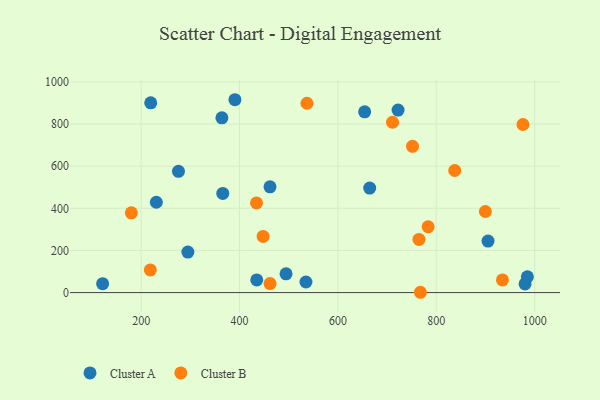
{"axis": {"x": "Experience", "y": "Profit"}, "legend": ["Cluster A", "Cluster B"], "data": [{"x": "980.5", "y": 41.0, "type": "Cluster A"}, {"x": "461.9", "y": 502.0, "type": "Cluster A"}, {"x": "364.1", "y": 829.3, "type": "Cluster A"}, {"x": "390.6", "y": 915.4, "type": "Cluster A"}, {"x": "219.4", "y": 900.9, "type": "Cluster A"}, {"x": "294.9", "y": 192.4, "type": "Cluster A"}, {"x": "905.2", "y": 244.3, "type": "Cluster A"}, {"x": "435.0", "y": 59.9, "type": "Cluster A"}, {"x": "121.6", "y": 42.2, "type": "Cluster A"}, {"x": "654.3", "y": 858.0, "type": "Cluster A"}, {"x": "494.5", "y": 89.1, "type": "Cluster A"}, {"x": "985.2", "y": 74.7, "type": "Cluster A"}, {"x": "722.3", "y": 866.1, "type": "Cluster A"}, {"x": "365.9", "y": 470.9, "type": "Cluster A"}, {"x": "230.8", "y": 428.9, "type": "Cluster A"}, {"x": "664.6", "y": 496.0, "type": "Cluster A"}, {"x": "275.8", "y": 575.4, "type": "Cluster A"}, {"x": "535.0", "y": 50.2, "type": "Cluster A"}, {"x": "537.0", "y": 898.6, "type": "Cluster B"}, {"x": "218.6", "y": 107.5, "type": "Cluster B"}, {"x": "934.5", "y": 60.2, "type": "Cluster B"}, {"x": "764.8", "y": 252.3, "type": "Cluster B"}, {"x": "767.7", "y": 1.5, "type": "Cluster B"}, {"x": "180.0", "y": 378.8, "type": "Cluster B"}, {"x": "837.5", "y": 579.4, "type": "Cluster B"}, {"x": "783.4", "y": 312.6, "type": "Cluster B"}, {"x": "711.0", "y": 808.5, "type": "Cluster B"}, {"x": "899.8", "y": 385.0, "type": "Cluster B"}, {"x": "447.9", "y": 266.7, "type": "Cluster B"}, {"x": "462.0", "y": 42.9, "type": "Cluster B"}, {"x": "434.5", "y": 425.7, "type": "Cluster B"}, {"x": "751.7", "y": 694.1, "type": "Cluster B"}, {"x": "976.2", "y": 797.7, "type": "Cluster B"}]}